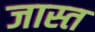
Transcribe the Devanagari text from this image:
जास्‍त्‍ा